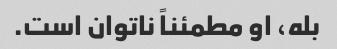
بله، او مطمئناً ناتوان است.